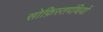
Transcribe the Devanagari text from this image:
सोफ़िस्तपंथियों